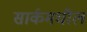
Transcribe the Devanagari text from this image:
सार्कमधील